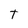
Character: t